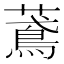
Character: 𦿂